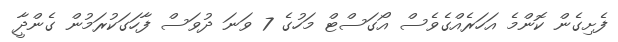
ފެށިގެން ކޮންމެ އަހަރެއްގެވެސް އޯގަސްޓް މަހުގެ 7 ވަނަ ދުވަސް ފާހަގަކުރަމުން ގެންދާީ